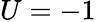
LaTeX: U=-1